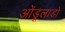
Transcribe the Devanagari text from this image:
ओंडूलाडो